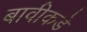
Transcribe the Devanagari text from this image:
बावीकडे